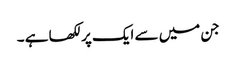
جن میں سے ایک پرلکھا ہے ۔